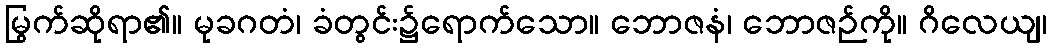
မြွက်ဆိုရာ၏။ မုခဂတံ၊ ခံတွင်း၌ရောက်သော။ ဘောဇနံ၊ ဘောဇဉ်ကို။ ဂိလေယျ၊